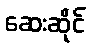
ဆေးဆိုင်